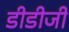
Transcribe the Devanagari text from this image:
डीडीजी